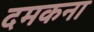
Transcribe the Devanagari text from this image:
दमकना